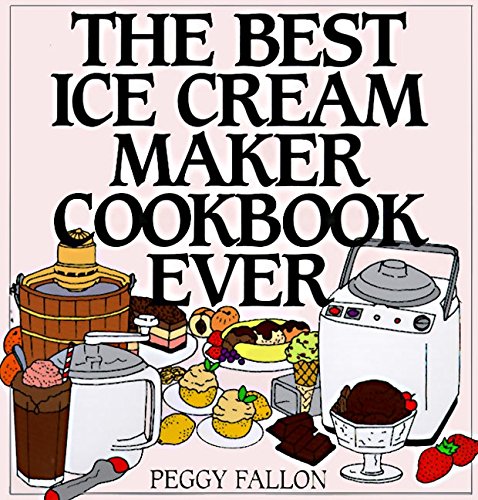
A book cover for The Best Ice Cream Maker Cookbook Ever; Peggy Fallon; Cookbooks, Food & Wine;